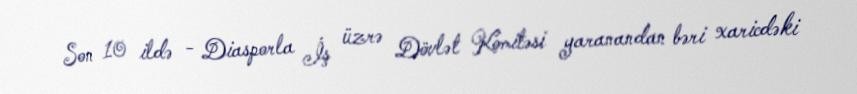
Son 10 ildə - Diasporla İş üzrə Dövlət Komitəsi yaranandan bəri xaricdəki